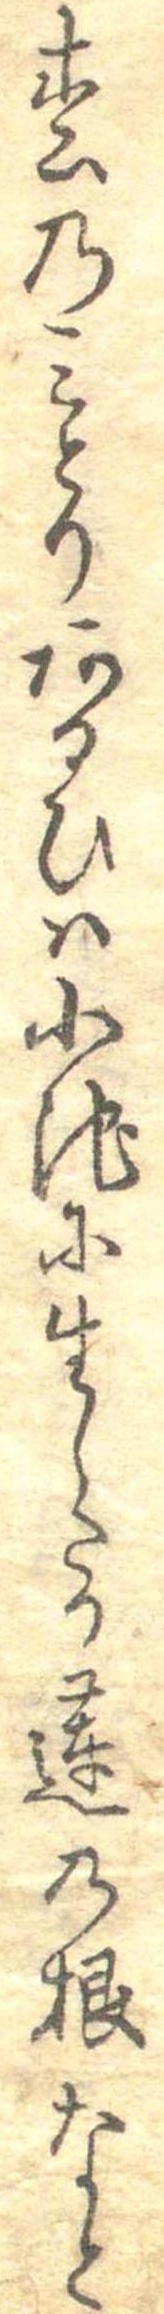
松のみとりあるひは小池に生したる蓮の根なと